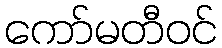
ကော်မတီဝင်